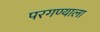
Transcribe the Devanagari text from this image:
परगण्याला